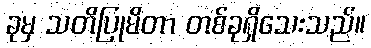
ခုမှ သတိပြုမိတာ တစ်ခုရှိသေးသည်။